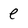
Character: e